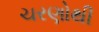
ચરણોથી